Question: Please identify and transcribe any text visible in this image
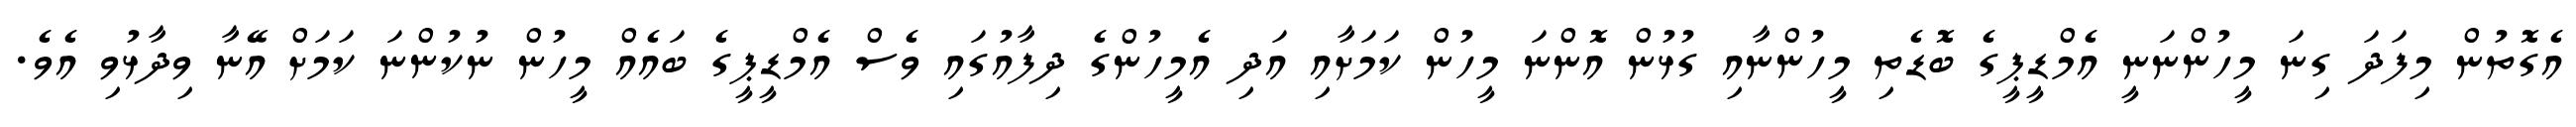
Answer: އެގޮތުން މިފަދަ ގިނަ މީހުންނަނީ އެމްޑީޕީގެ ބޮޑެތި މީހުންނާއި ގުޅުން އޮންނަ މީހުން ކަމަށާއި އަދި އެމީހުންގެ ދިފާއުގައި ވެސް އެމްޑީޕީގެ ބައެއް މީހުން ނުކުންނަ ކަމަށް އޭނާ ވިދާޅުވި އެވެ.